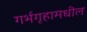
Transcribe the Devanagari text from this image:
गर्भगृहामधील